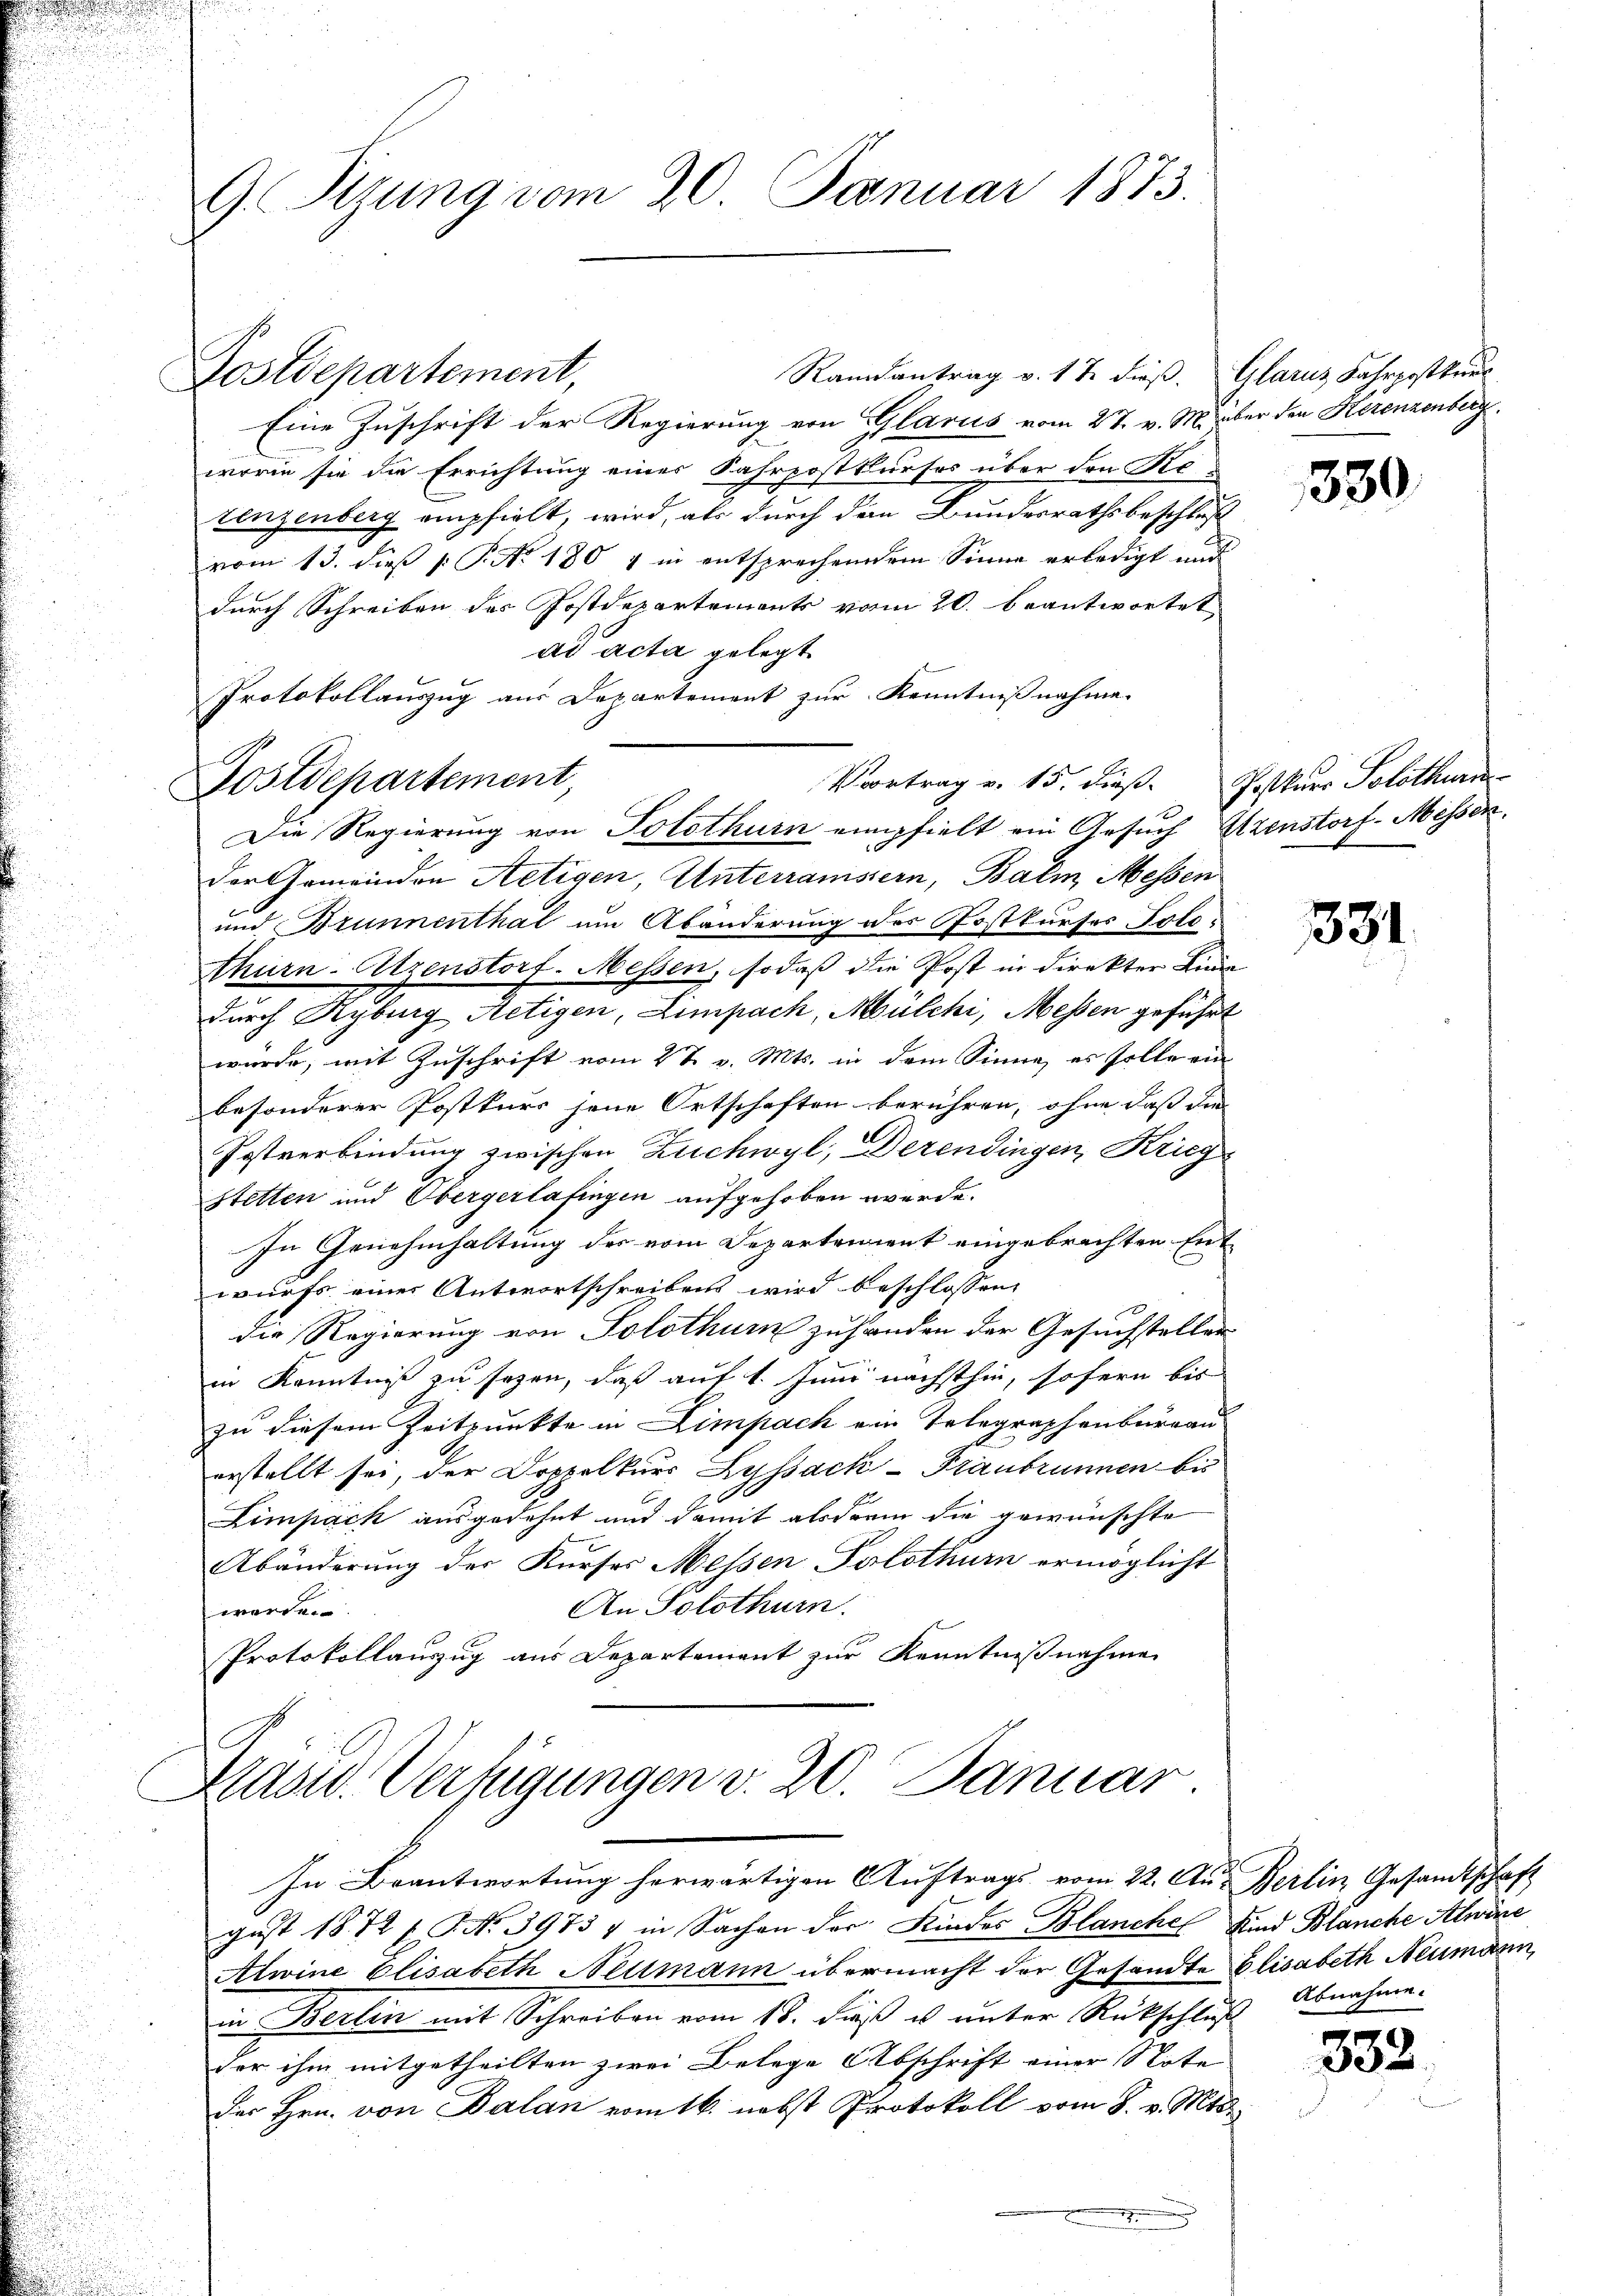
9. Rezung vom 20. Januar 1873.

Randantrag v. 17 dieß. Glarus Fahrpostkurs
Postdepartement,
Eine Zuschrift der Regierung von Glarus vom 27. v. M. über den Herenzenberg
worin sie die Errichtung eines Fahrpostkurses über den Ki
tenzenberg empfielt, wird, als durch den Bundesrathsbeschluß
vom 13. dieß P. No. 180 & in entsprechendem Sinne erledigt und
durch Schreiben des Postdepartements vom 20. beantwortet
ad acta gelegt.
Protokollauszug aus Departement zur Kenntnißnahme
Vortrag v. 15. dieß. Postkurs Solothurn
Die Regierung von Solothurn empfielt ein Gesuch Elzenstorf-Messen.
der Gemeinden Aetigen, Unterramstern, Balm, Messen
und Brunnenthal um Abänderung der Postkurses Tolothurn-Atzenstorf-Messen, sodaß die Post in direkter Lina
durch Ryburg Aetigen, Limpach, Mülchi, Messen geführt
würde, mit Zuschrift vom 2 t v. Mts. in dem Sinne, es solle ein
besonderer Postkurs jene Ortschaften berühren, ohne dass die
Postverbindung zwischen Zuchwyl, Derendingen, Krieg
stetten und Obergerlafingen aufgehoben werde.
In Genehmhaltung des vom Departement eingebrachten Entwurfs eines Antwortschreibens wird beschlossen,
die Regierung von Solothur zuhanden der Gesuchstellen
in Kenntniß zu sagen, daß auf 1. Juni nächsthin, sofern bis
zu diesem Zeitpunkte in Limpach ein Telegraphenburgau
erstellt sei, der Doppelkurs Lyssack-Tranbrunnen bis
Limpack ausgedehnt und damit als darin die gewünschte
Abänderung der Kurses Messen Solothurn ermöglicht
An Solothurn.
werden.
Protokollauszug aus Departement zur Kenntnißnahme

Postdepartement,

Masid. Verfügungen v. 20. Januar
In Beantwortung herwärtigen Auftrags vom 22. Aus Berlin Gesamtschaft

gust 1872 f. No. 3973 & in Sachen der Kindes Blanche Kind Blanche Alwise
Atwine Elisabeth Neumann übermacht der Gesandte Elisabeth Neumann,
in Berlin mit Schreiben vom 18. daß u unter Rückschluß Abnahme.
der ihm mitgetheilten zwei Belege Abschrift einer Note
der Hrn. von Balan vom 16. nebst Protokoll vom 8. v. Mts.
.

330

331.

332.